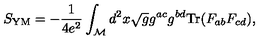
S _ { \mathrm { Y M } } = - { \frac { 1 } { 4 e ^ { 2 } } } \int _ { \cal M } d ^ { 2 } x \sqrt { g } g ^ { a c } g ^ { b d } \mathrm { T r } ( F _ { a b } F _ { c d } ) ,